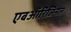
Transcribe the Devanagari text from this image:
एबऑरिजिनल